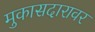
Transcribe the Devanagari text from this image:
मुकासदारावर